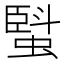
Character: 𧏆